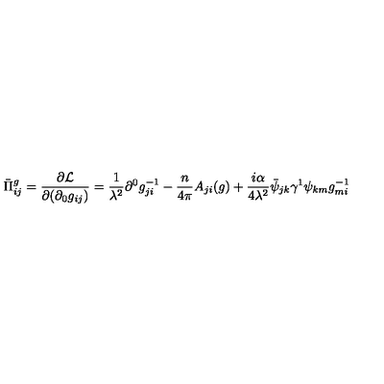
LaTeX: \bar { \Pi } _ { i j } ^ { g } = \frac { \partial { \cal L } } { \partial ( \partial _ { 0 } g _ { i j } ) } = \frac { 1 } { \lambda ^ { 2 } } \partial ^ { 0 } g _ { j i } ^ { - 1 } - \frac { n } { 4 \pi } A _ { j i } ( g ) + \frac { i \alpha } { 4 \lambda ^ { 2 } } \bar { \psi } _ { j k } \gamma ^ { 1 } \psi _ { k m } g _ { m i } ^ { - 1 }